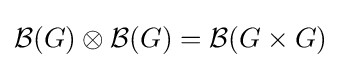
{\mathcal {B}}(G)\otimes {\mathcal {B}}(G)={\mathcal {B}}(G\times G)